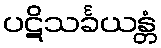
ပဋိသင်္ခယန္တံ